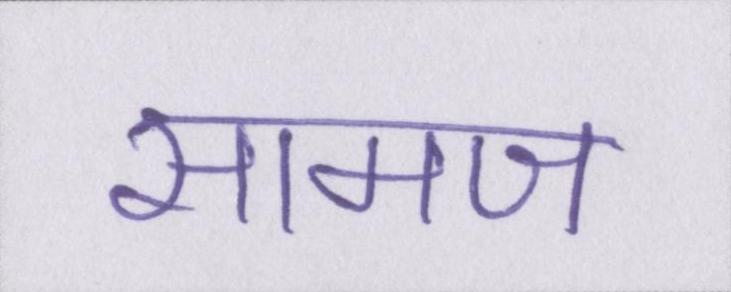
सामज